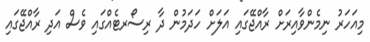
މިއަހަރު ނިމެންވާއިރަށް ރާއްޖޭގައި އަލަށް ހަދަމުން ދާ ރިސޯރޓެއްގައި ވެސް އަދި ރާއްޖޭގައި